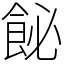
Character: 飶